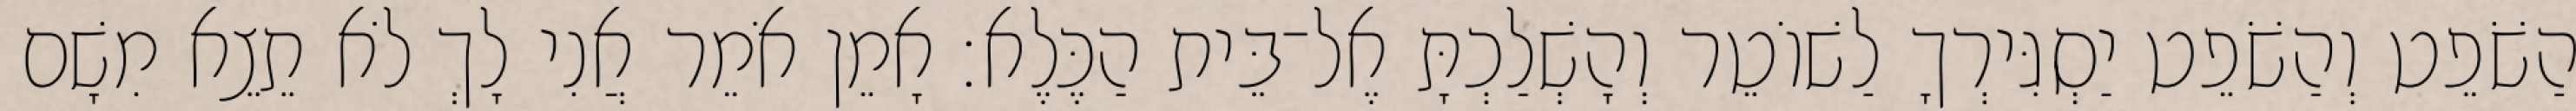
הַשֹׁפֵט וְהַשֹׁפֵט יַסְגִּירְךָ לַשׁוֹטֵר וְהָשְׁלַכְתָּ אֶל־בֵּית הַכֶּלֶא׃ אָמֵן אֹמֵר אֲנִי לָךְ לֹא תֵצֵא מִשָׁם